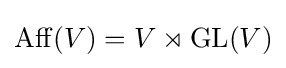
\operatorname {Aff} (V)=V\rtimes \operatorname {GL} (V)